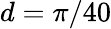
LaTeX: d=\pi/40